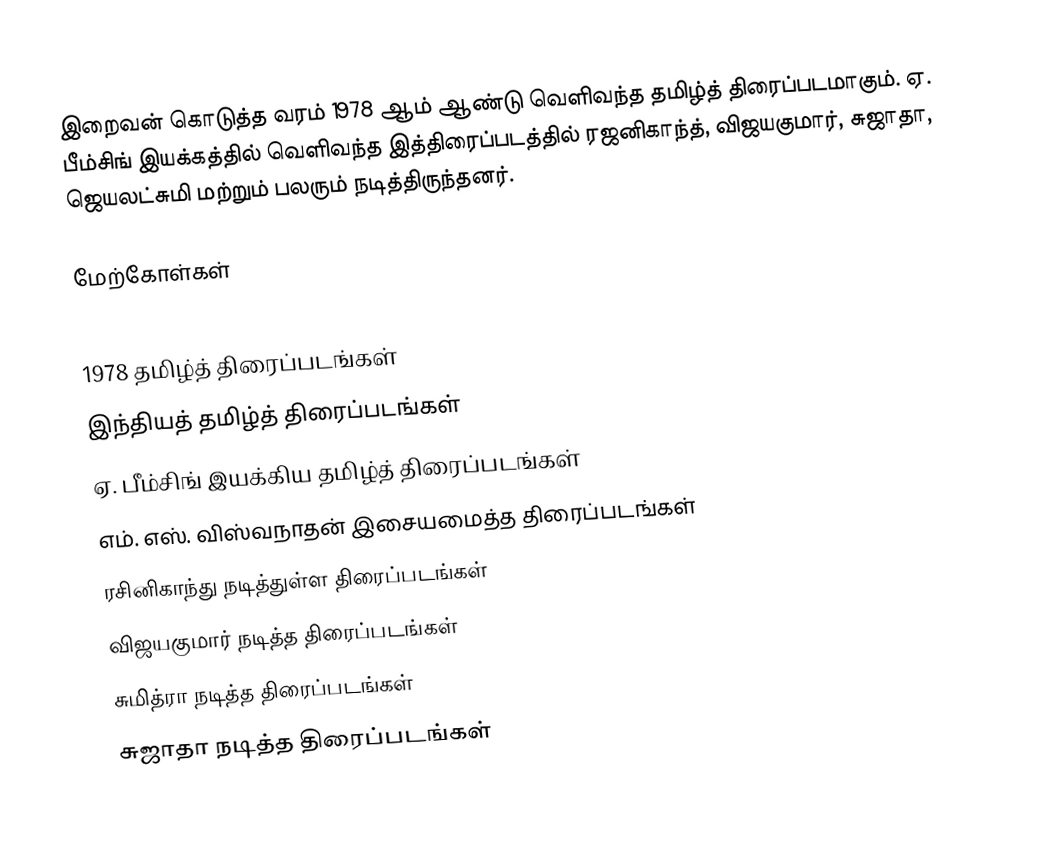
இறைவன் கொடுத்த வரம் 1978 ஆம் ஆண்டு வெளிவந்த தமிழ்த் திரைப்படமாகும். ஏ. பீம்சிங் இயக்கத்தில் வெளிவந்த இத்திரைப்படத்தில் ரஜனிகாந்த், விஜயகுமார், சுஜாதா, ஜெயலட்சுமி மற்றும் பலரும் நடித்திருந்தனர்.

மேற்கோள்கள்

1978 தமிழ்த் திரைப்படங்கள்
இந்தியத் தமிழ்த் திரைப்படங்கள்
ஏ. பீம்சிங் இயக்கிய தமிழ்த் திரைப்படங்கள்
எம். எஸ். விஸ்வநாதன் இசையமைத்த திரைப்படங்கள்
ரசினிகாந்து நடித்துள்ள திரைப்படங்கள்
விஜயகுமார் நடித்த திரைப்படங்கள்
சுமித்ரா நடித்த திரைப்படங்கள்
சுஜாதா நடித்த திரைப்படங்கள்